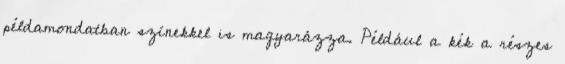
példamondatban színekkel is magyarázza. Például a kék a részes